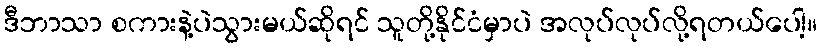
ဒီဘာသာ စကားနဲ့ပဲသွားမယ်ဆိုရင် သူတို့နိုင်ငံမှာပဲ အလုပ်လုပ်လို့ရတယ်ပေါ့။